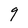
Character: g